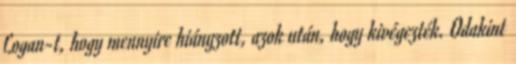
Logan-t, hogy mennyire hiányzott, azok után, hogy kivégezték. Odakint